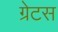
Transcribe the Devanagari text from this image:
ग्रेटस